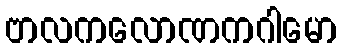
ဗာလကလောဏကဂါမော